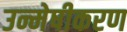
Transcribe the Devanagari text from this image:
उन्मेषीकरण